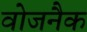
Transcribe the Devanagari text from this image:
वोजनैक